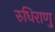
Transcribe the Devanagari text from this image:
रुधिराणु